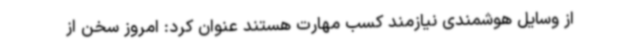
از وسایل هوشمندی نیازمند کسب مهارت هستند عنوان کرد: امروز سخن از